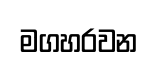
මගහරවන